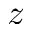
z